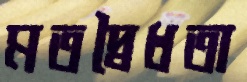
মতদ্বৈধতা